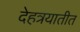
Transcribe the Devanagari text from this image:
देहत्रयातीत